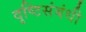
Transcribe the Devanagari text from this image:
दृष्टिसंबंधी